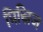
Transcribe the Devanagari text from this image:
प्रिस्निज